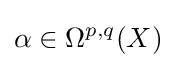
\alpha \in \Omega ^{p,q}(X)